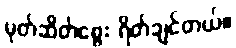
မုတ်ဆိတ်မွေး ရိတ်ချင်တယ်။